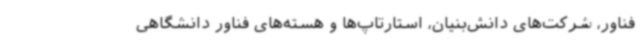
فناور، شرکت‌های دانش‌بنیان، استارتاپ‌ها و هسته‌های فناور دانشگاهی